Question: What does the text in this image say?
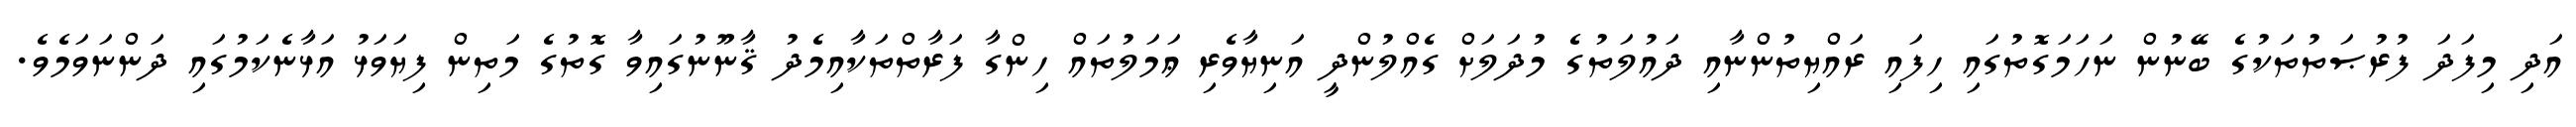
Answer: އަދި މިފަދަ ފުރުޞަތުތަކުގެ ބޭނުން ނަހަމަގޮތުގައި ހިފައި ރައްޔިތުންނާއި ދައުލަތުގެ މުދަލަށް ގެއްލުންދީ އަނިޔާވެރި ޢަމަލުތައް ހިންގާ ފަރާތްތަކާއިމެދު ޤާނޫނުގައިވާ ގޮތުގެ މަތިން ފިޔަވަޅު އަޅާނެކަމުގައި ދަންނަވަމެވެ.